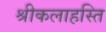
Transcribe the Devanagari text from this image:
श्रीकलाहस्ति